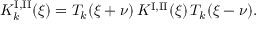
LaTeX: K _ { k } ^ { \mathrm { I , I I } } ( \xi ) = T _ { k } ( \xi + \nu ) \, K ^ { \mathrm { I , I I } } ( \xi ) \, T _ { k } ( \xi - \nu ) .